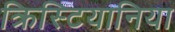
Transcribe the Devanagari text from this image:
क्रिस्टियानिया